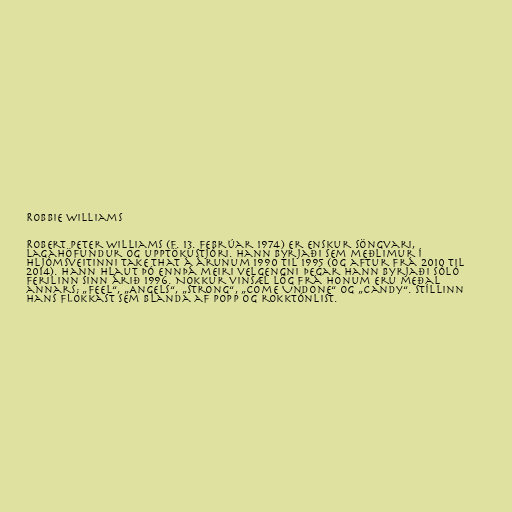
Robbie Williams

Robert Peter Williams (f. 13. febrúar 1974) er enskur söngvari,
lagahöfundur og upptökustjóri. Hann byrjaði sem meðlimur í
hljómsveitinni Take That á árunum 1990 til 1995 (og aftur frá 2010 til
2014). Hann hlaut þó ennþá meiri velgengni þegar hann byrjaði sóló
ferilinn sinn árið 1996. Nokkur vinsæl lög frá honum eru meðal
annars; „Feel“, „Angels“, „Strong“, „Come Undone“ og „Candy“. Stíllinn
hans flokkast sem blanda af popp og rokktónlist.